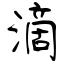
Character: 滴